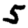
Digit: 5